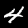
Digit: 4